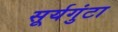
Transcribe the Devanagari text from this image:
सूर्यगुंटा